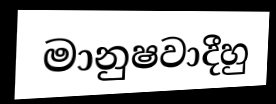
මානුෂවාදීහු